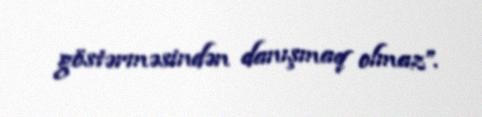
göstərməsindən danışmaq olmaz”.